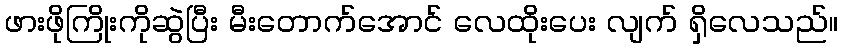
ဖားဖိုကြိုးကိုဆွဲပြီး မီးတောက်အောင် လေထိုးပေး လျက် ရှိလေသည်။